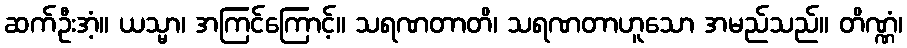
ဆက်ဦးအံ့။ ယသ္မာ၊ အကြင်ကြောင့်။ သရဏတာတိ၊ သရဏတာဟူသော အမည်သည်။ တိဏ္ဏံ၊